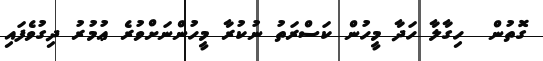
ގޮތުން  ހިގާލާ ހަދާ މީހުން ކަސްރަތު ނުކުރާ މީހުންނަށްވުރެ ޢުމުރު ދިގުވެފައި